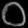
Digit: ၀